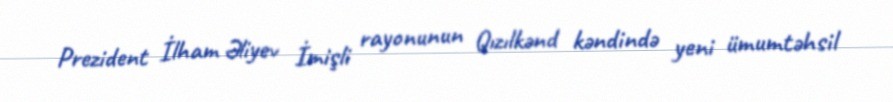
Prezident İlham Əliyev İmişli rayonunun Qızılkənd kəndində yeni ümumtəhsil